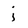
Character: i